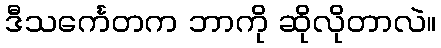
ဒီသင်္ကေတက ဘာကို ဆိုလိုတာလဲ။